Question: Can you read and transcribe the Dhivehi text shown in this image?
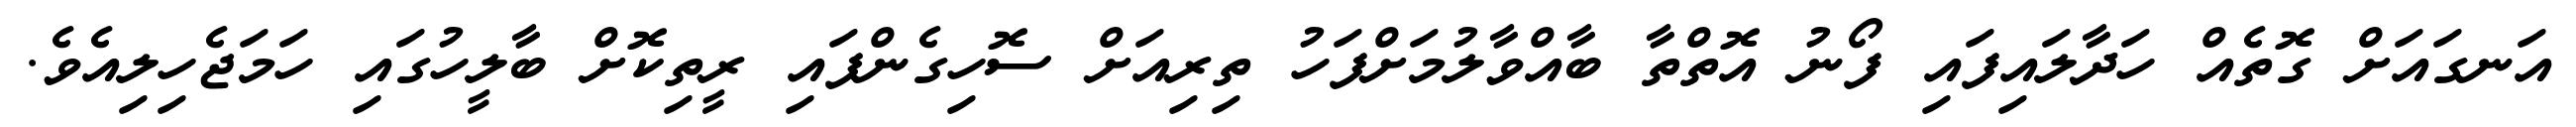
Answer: އަނގައަށް ގޮތެއް ހަދާލައިފައި ފޯނު އޮތްތާ ބާއްވާލުމަށްފަހު ތިރިއަށް ސޮހިގެންފައި ރީތިކޮށް ބާލީހުގައި ހަމަޖެހިލިއެވެ.